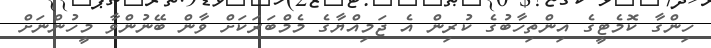
ހިންގާ ކޮމެޓީގެ އިންތިހާބުގެ ކުރިން އެ ޖަމިއްޔާގެ މެމްބަރަކަށް ވާން ބޭނުންވާ މީހުންނަށް